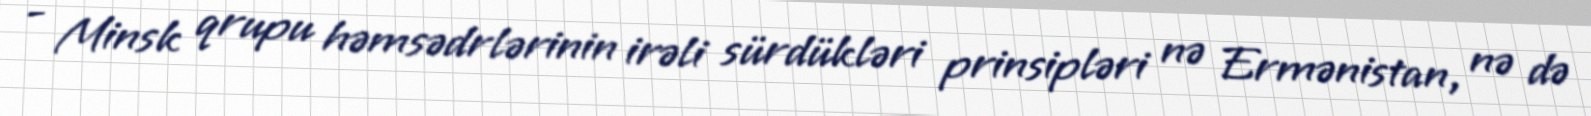
- Minsk qrupu həmsədrlərinin irəli sürdükləri prinsipləri nə Ermənistan, nə də